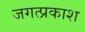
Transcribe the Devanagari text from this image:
जगत्प्रकाश